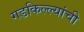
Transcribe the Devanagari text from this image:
गडकिल्ल्यांची